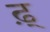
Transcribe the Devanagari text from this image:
ढ़्